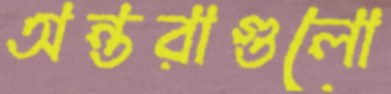
অন্তরাগুলো